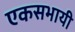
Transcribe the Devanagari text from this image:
एकसभायी